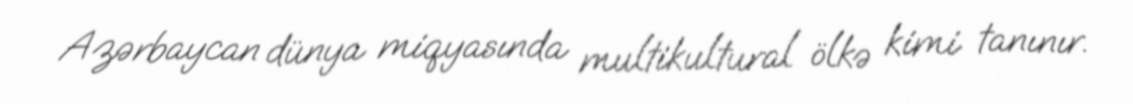
Azərbaycan dünya miqyasında multikultural ölkə kimi tanınır.